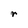
Character: r